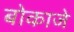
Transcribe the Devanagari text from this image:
बोकाजे